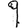
Digit: 9